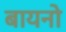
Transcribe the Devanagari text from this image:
बायनो